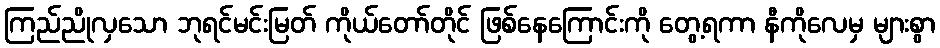
ကြည်ညိုလှသော ဘုရင်မင်းမြတ် ကိုယ်တော်တိုင် ဖြစ်နေကြောင်းကို တွေ့ရကာ နီကိုလေမှ များစွာ